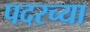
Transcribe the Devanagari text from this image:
पदरच्या